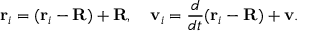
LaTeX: \mathbf { r } _ { i } = ( \mathbf { r } _ { i } - \mathbf { R } ) + \mathbf { R } , \quad \mathbf { v } _ { i } = { \frac { d } { d t } } ( \mathbf { r } _ { i } - \mathbf { R } ) + \mathbf { v } .